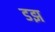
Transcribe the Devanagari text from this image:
डझ